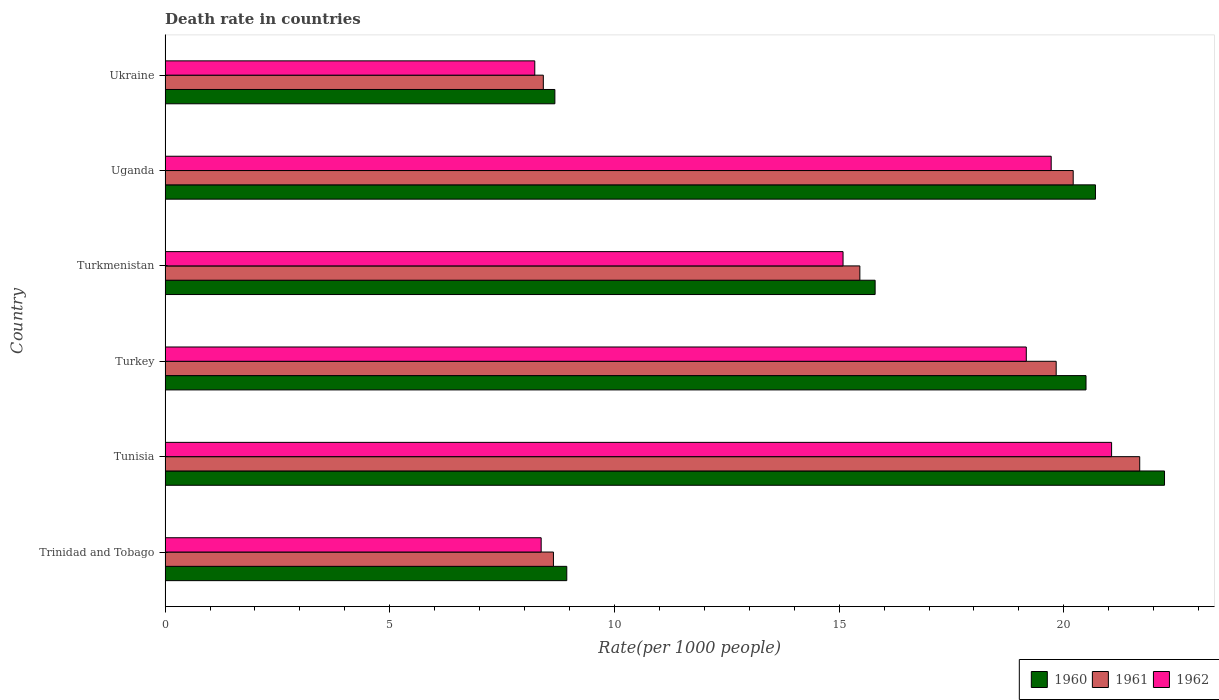
| Country | 1960 | 1961 | 1962 |
 | --- | --- | --- | --- |
 | Trinidad and Tobago | 8.94 | 8.64 | 8.37 |
 | Tunisia | 22.2 | 21.7 | 21.1 |
 | Turkey | 20.5 | 19.8 | 19.2 |
 | Turkmenistan | 15.8 | 15.5 | 15.1 |
 | Uganda | 20.7 | 20.2 | 19.7 |
 | Ukraine | 8.67 | 8.42 | 8.23 |